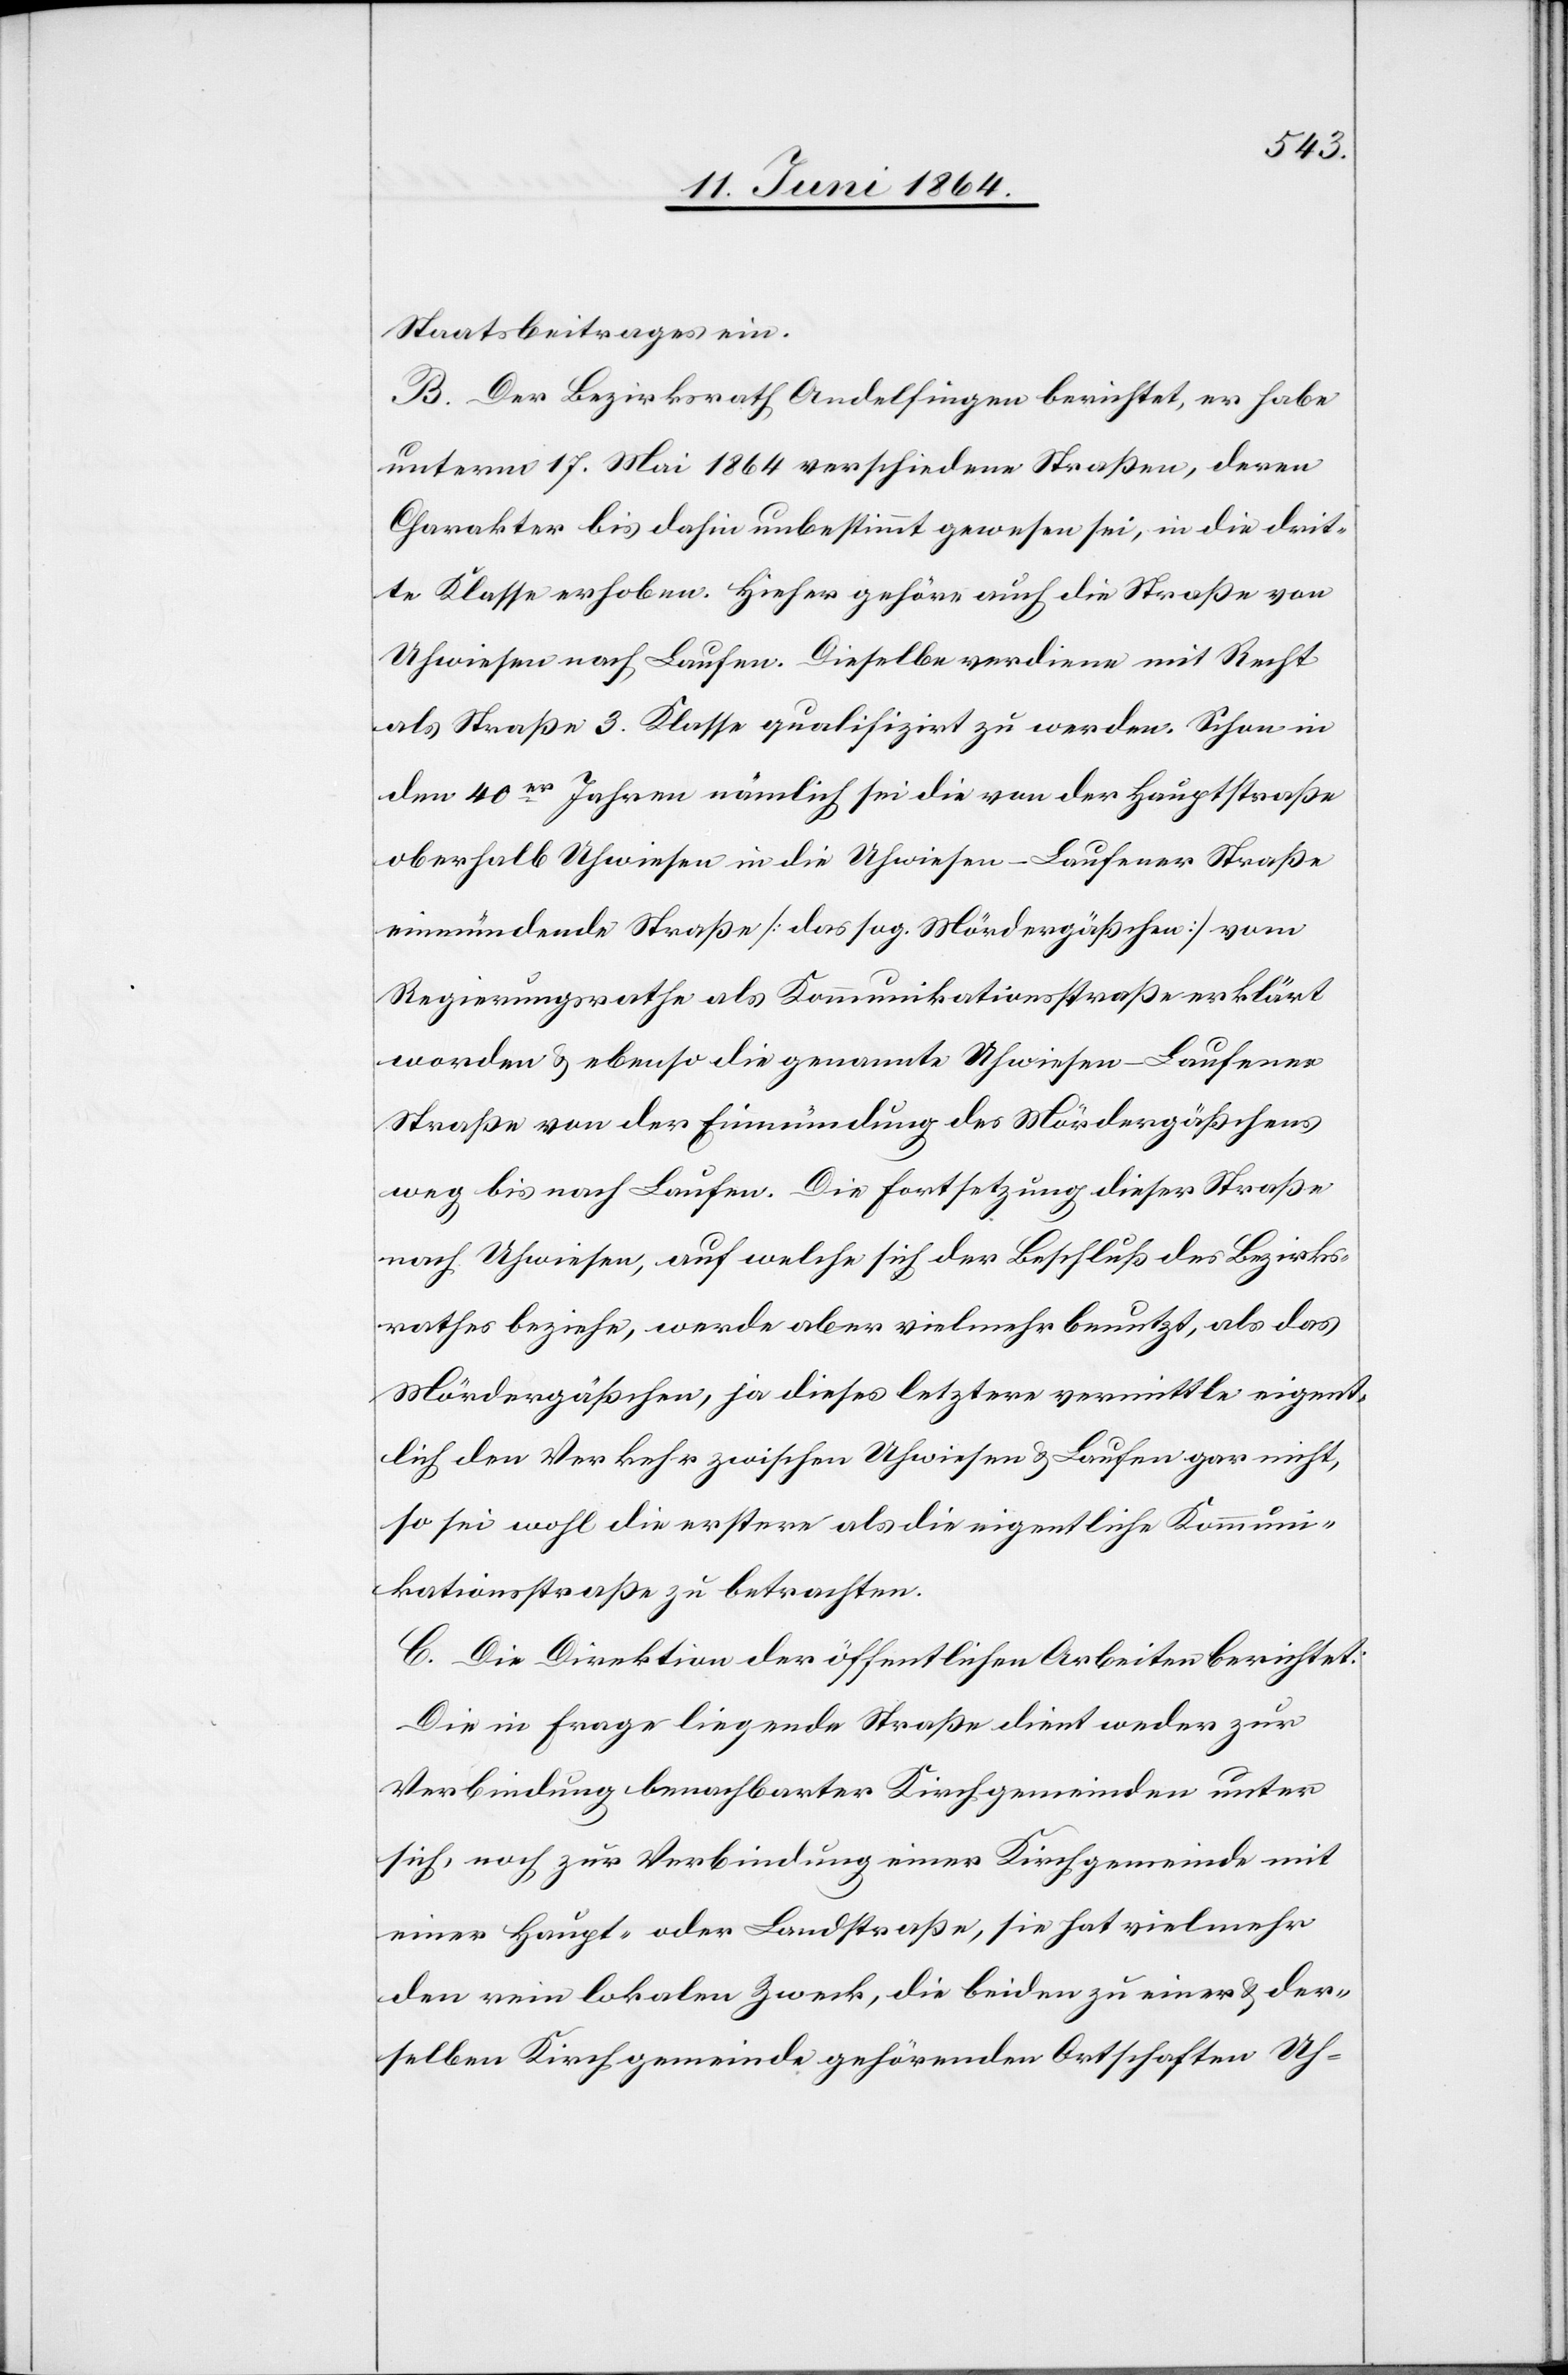
Staatsbeitrages ein.
B. Der Bezirksrath Andelfingen berichtet, er habe
unterm 17. Mai 1864 verschiedene Straßen, deren
Charakter bis dahin unbestimmt gewesen sei, in die drit¬
te Klasse erhoben. Hieher gehöre auch die Straße von
Uhwiesen nach Laufen. Dieselbe verdiene mit Recht
als Straße 3. Klasse qualifizirt zu werden. Schon in
den 40er Jahren nämlich sei die von der Hauptstraße
oberhalb Uhwiesen in die Uhwiesen-Laufener Straße
einmündende Straße [das sog. Mördergäßchen| vom
Regierungsrathe als Kommunikationsstraße erklärt
worden u. ebenso die genannte Uhwiesen-Laufener
Straße von der Einmündung des Mördergäßchens
weg bis nach Laufen. Die Fortsetzung dieser Straße
nach Uhwiesen, auf welche sich der Beschluß des Bezirks¬
rath beziehe, werde aber vielmehr benutzt, als das
Mördergäßchen, ja dieses letztere vermittle eigent¬
lich den Verkehr zwischen Uhwiesen u. Laufen gar nicht,
so sei wohl die erstere als die eigentliche Kommuni¬
kationsstraße zu betrachten.
C. Die Direktion der öffentlichen Arbeiten berichtet:
Die in Frage liegende Straße dient weder zur
Verbindung benachbarter Kirchgemeinden unter
sich, noch zur Verbindung einer Kirchgemeinde mit
einer Haupt- oder Landstraße, sie hat vielmehr
den rein lokalen Zweck, die beiden zu einer u. der¬
selben Kirchgemeinde gehörenden Ortschaften Uh-